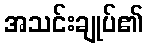
အသင်းချုပ်၏